Source: Handwritten
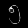
Digit: ၅ (5)